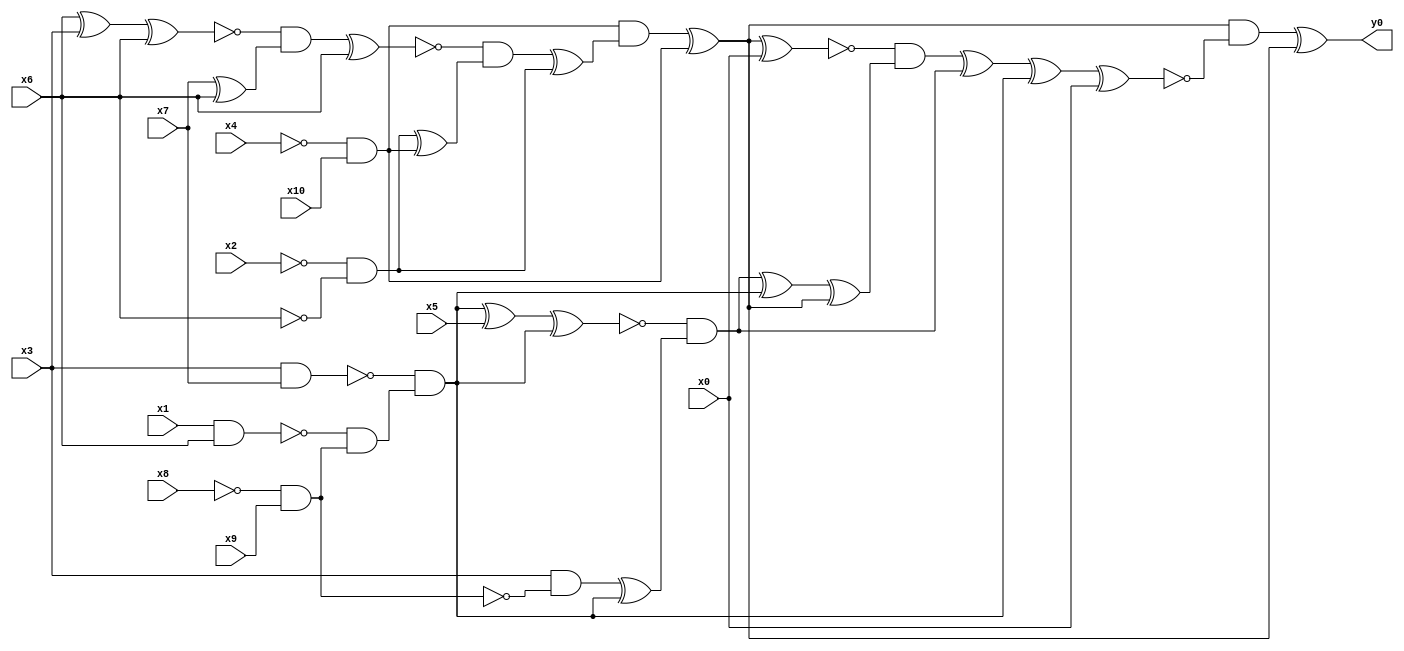
module top( x0 , x1 , x2 , x3 , x4 , x5 , x6 , x7 , x8 , x9 , x10 , y0 );
  input x0 , x1 , x2 , x3 , x4 , x5 , x6 , x7 , x8 , x9 , x10 ;
  output y0 ;
  wire n12 , n13 , n14 , n15 , n16 , n17 , n18 , n19 , n20 , n21 , n22 , n23 , n24 , n25 , n26 , n27 , n28 , n29 , n30 , n31 , n32 , n33 , n34 , n35 , n36 , n37 , n38 , n39 , n40 , n41 , n42 ;
  assign n12 = ~x4 & x10 ;
  assign n13 = x6 ^ x3 ;
  assign n14 = n13 ^ x6 ;
  assign n15 = x7 ^ x6 ;
  assign n16 = ~n14 & n15 ;
  assign n17 = n16 ^ x6 ;
  assign n18 = ~x2 & ~x6 ;
  assign n19 = n18 ^ n12 ;
  assign n20 = ~n17 & n19 ;
  assign n21 = n20 ^ n18 ;
  assign n22 = n12 & n21 ;
  assign n23 = n22 ^ n12 ;
  assign n24 = n23 ^ x0 ;
  assign n25 = x3 & x7 ;
  assign n26 = x1 & x6 ;
  assign n27 = ~x8 & x9 ;
  assign n28 = ~n26 & n27 ;
  assign n29 = ~n25 & n28 ;
  assign n30 = n29 ^ x5 ;
  assign n31 = n30 ^ n29 ;
  assign n32 = x3 & ~n27 ;
  assign n33 = n32 ^ n29 ;
  assign n34 = ~n31 & n33 ;
  assign n35 = n34 ^ n29 ;
  assign n36 = n35 ^ n23 ;
  assign n37 = ~n24 & n36 ;
  assign n38 = n37 ^ n34 ;
  assign n39 = n38 ^ n29 ;
  assign n40 = n39 ^ x0 ;
  assign n41 = n23 & ~n40 ;
  assign n42 = n41 ^ n23 ;
  assign y0 = n42 ;
endmodule